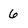
Character: 6